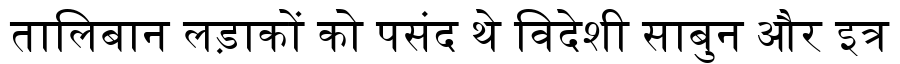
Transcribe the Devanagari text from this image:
तालिबान लड़ाकों को पसंद थे विदेशी साबुन और इत्र